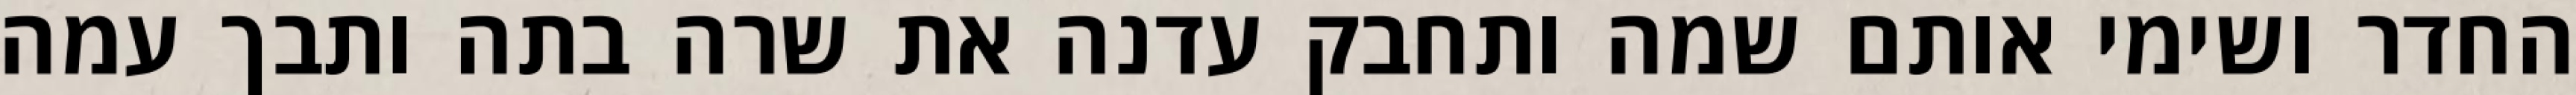
החדר ושימי אותם שמה ותחבק עדנה את שרה בתה ותבך עמה